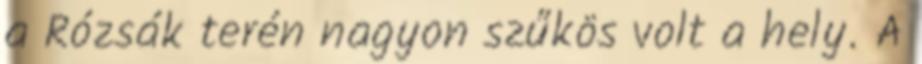
a Rózsák terén nagyon szűkös volt a hely. A